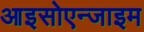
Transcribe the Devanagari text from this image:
आइसोएन्जाइम